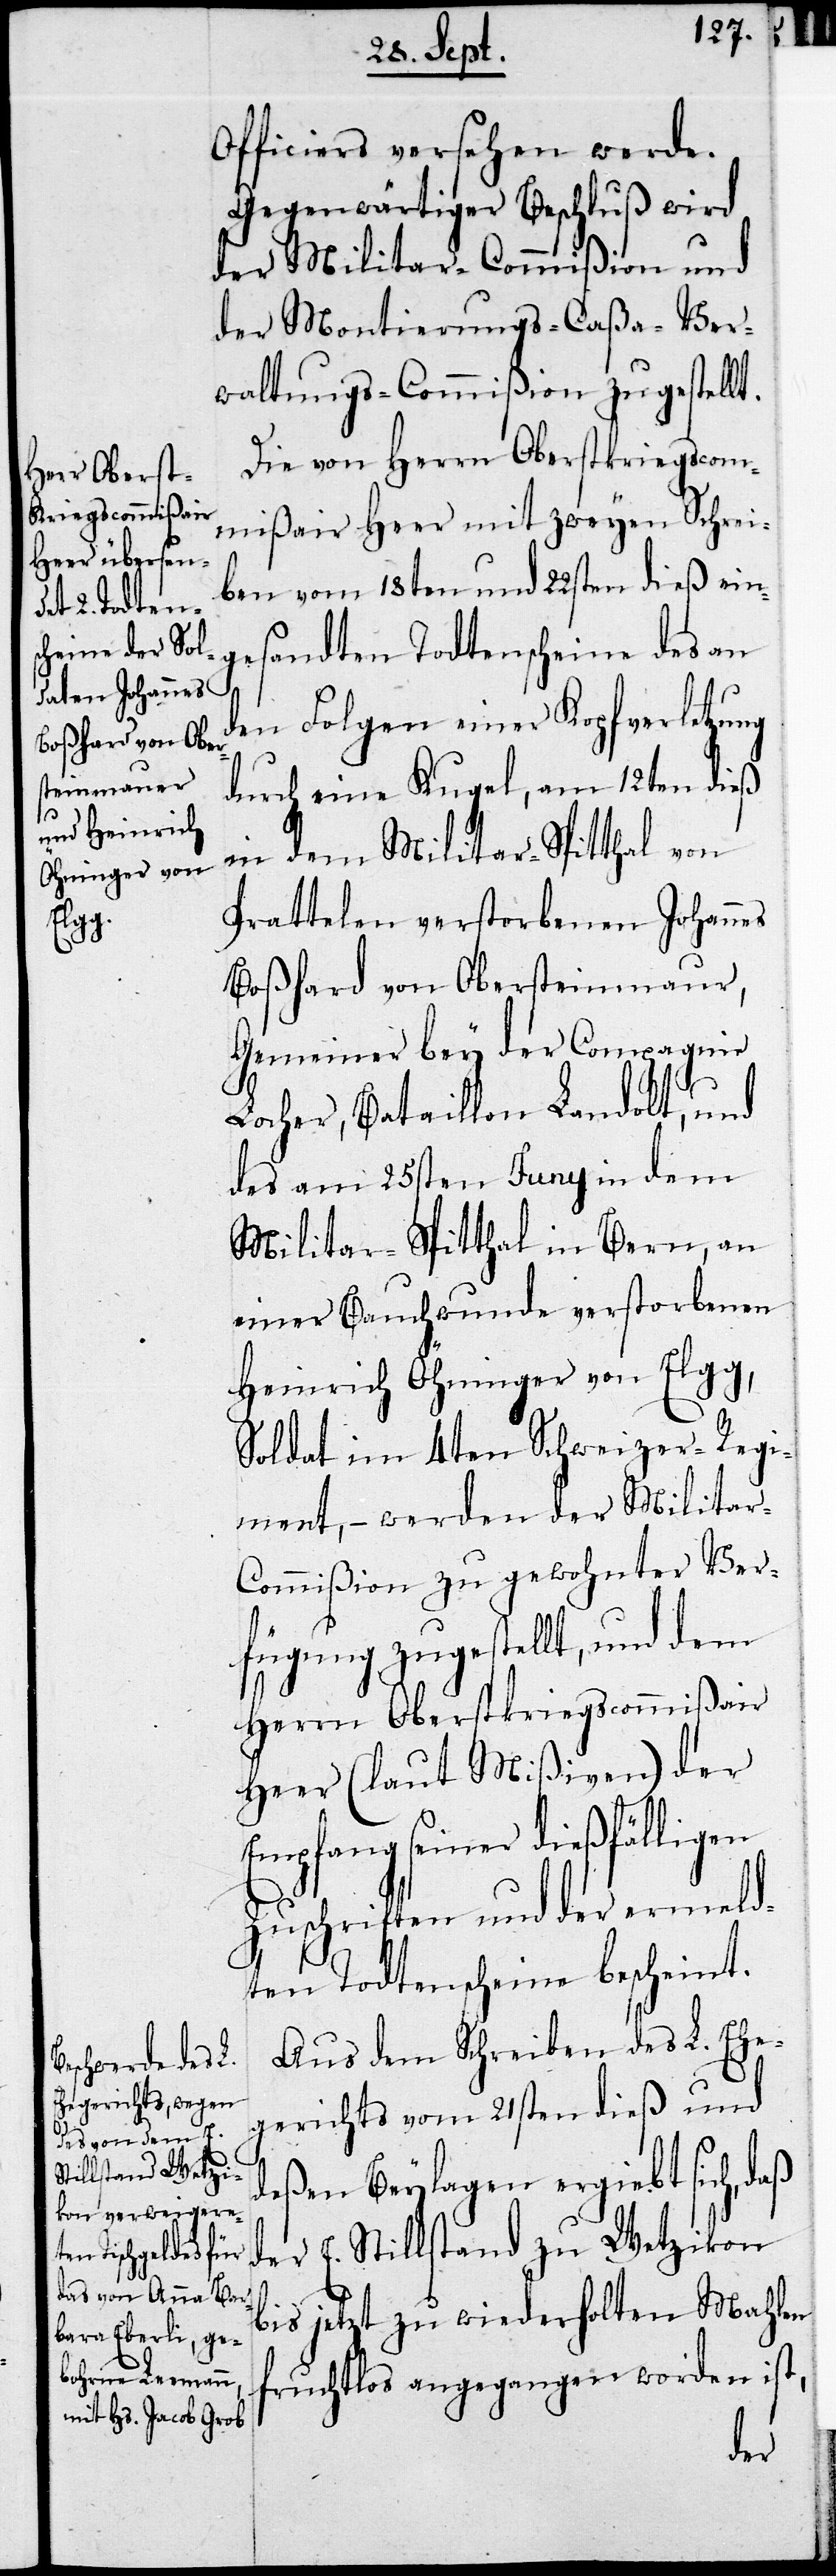
Officiers versehen werde.
Gegenwärtiger Beschluß wird
der Militar-Commißion und
der Montierungs-Caßa-Ver¬
waltungs-Commißion zugestellt.
Die von Herrn Oberstkriegscom¬
mißair Heer mit zweyen Schrei¬
ben vom 18ten und 22sten dieß ein¬
andte Todtenscheine des an
ges¬
den Folgen einer Kopfverletzung
durch eine Kugel, am 12ten dies
in dem Militar-Spitthal von
Prattelen verstorbenen Johannes
Boßhard von Obersteinmaur,
Gemeiner bey der Compganie
Locher, Bataillon Landolt, und
des am 25sten Juny in dem
Militar-Spitthal in Bern, an
einer Bauchwunde verstorbenen
Heinrich Öhninger von Elgg,
Soldat im 4ten Schweizer-Regi¬
ment, – werden der Milita¬
r-Commißion zu gewohnter Ver¬
fügung zugestellt, und dem
Herrn Oberstkriegscommißair
Heer (laut Mißiven) der
Empfang seiner dießfälligen
Zuschriften und der ermeld¬
ten Todtenscheine bescheint.